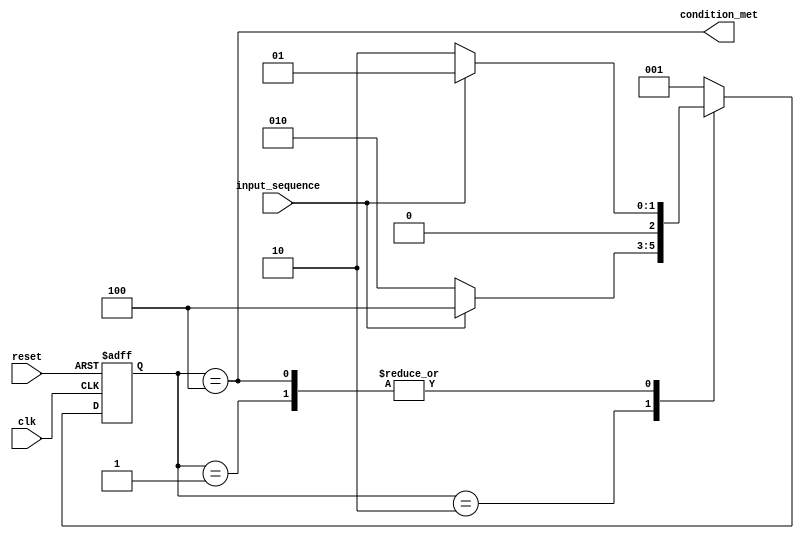
module dfa_two_last_bits_are_01(input clk, input reset, input input_sequence, output condition_met);
   parameter S0 = 3'b001, S1 = 3'b010, S2 = 3'b100;

   reg [2:0] state = S0;
   reg [2:0] next_state;
   always @(negedge clk, posedge reset)
     if (reset) state <= S0;
     else       state <= next_state;

   always @(*)
     case (state)
       S0: if (input_sequence) next_state <= S0;
           else                next_state <= S1;
       S1: if (input_sequence) next_state <= S2;
           else                next_state <= S1;
       S2: if (input_sequence) next_state <= S0;
           else                next_state <= S1;

       // Just to prevent latch generation
       default:                next_state <= S0;
     endcase

   assign condition_met = state == S2;
endmodule